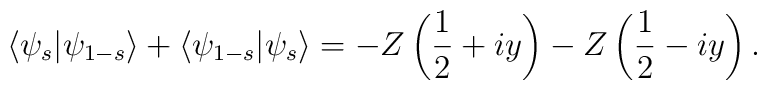
\langle\psi_s\vert\psi_{1-s}\rangle+\langle\psi_{1-s}\vert\psi_s\rangle=-Z\left(\frac{1}{2} + iy\right)-Z\left(\frac{1}{2}- iy\right).